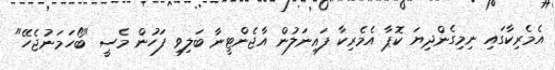
އެމެރިކާގައި ނިމިގެންދިޔަ ކޮޕާ އެމެރިކާ ފައިނަލުން އާޖެންޓީނާ ބަލިވި ފަހުން މެސީ "ބޯހަމަނުޖެހޭ"